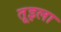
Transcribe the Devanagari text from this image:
तूइला